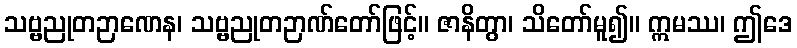
သဗ္ဗညုတဉာဏေန၊ သဗ္ဗညုတဉာဏ်တော်ဖြင့်။ ဇာနိတွာ၊ သိတော်မူ၍။ ဣမဿ၊ ဤဒေ